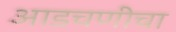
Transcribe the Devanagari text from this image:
आडचणीचा